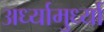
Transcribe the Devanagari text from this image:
अर्ध्यामुर्ध्या